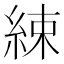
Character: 綀